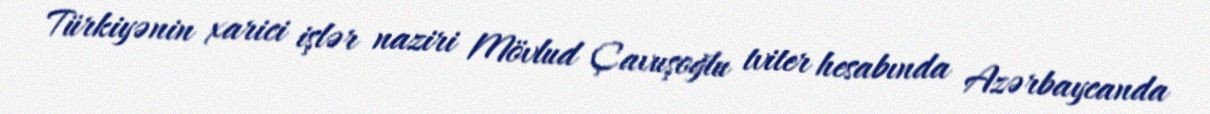
Türkiyənin xarici işlər naziri Mövlud Çavuşoğlu tviter hesabında Azərbaycanda